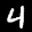
Label: 4